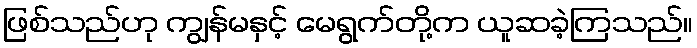
ဖြစ်သည်ဟု ကျွန်မနှင့် မေရွက်တို့က ယူဆခဲ့ကြသည်။